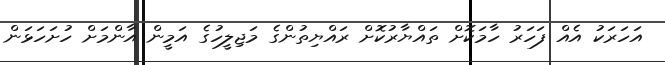
އަހަރަކު އެއް ފަހަރު ހާމަކޮށް ތައްޔާރުކޮށް ރައްޔިތުންގެ މަޖިލީހުގެ އަމީން އާންމަށް ހުށަހަޅަން